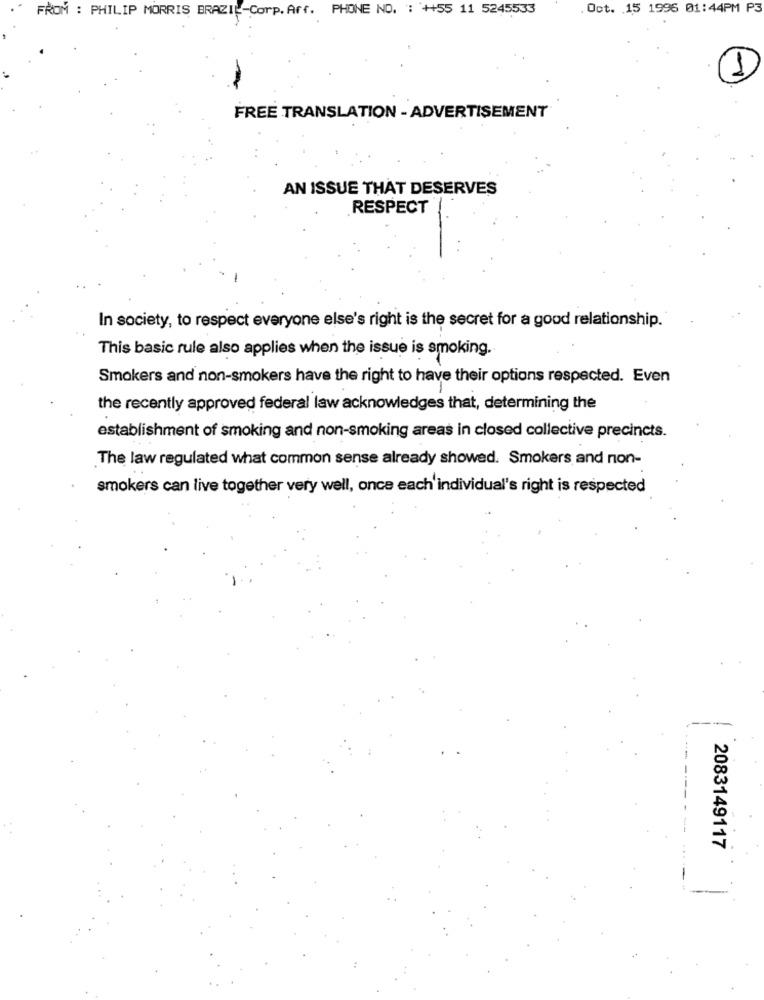
FROM : PHILIP MORRIS BRAZIL-Corp.Arf. PHONE NO. : ++55 11 5245533
. Oct. 15 1996 01:44PM P3
1
FREE TRANSLATION - ADVERTISEMENT
AN ISSUE THAT DESERVES
RESPECT
In society, to respect everyone else's right is the secret for a good relationship.
This basic rule also applies when the issue is smoking.
Smokers and non-smokers have the right to have their options respected. Even
the recently approved federal law acknowledges that, determining the
establishment of smoking and non-smoking areas in closed collective precincts.
The law regulated what common sense already showed. Smokers and non-
smokers can live together very well, once each individual's right is respected
2083149117
-